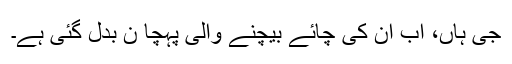
جی ہاں، اب ان کی چائے بیچنے والی پہچا ن بدل گئی ہے۔